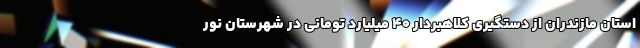
استان مازندران از دستگیری کلاهبردار 40 میلیارد تومانی در شهرستان نور